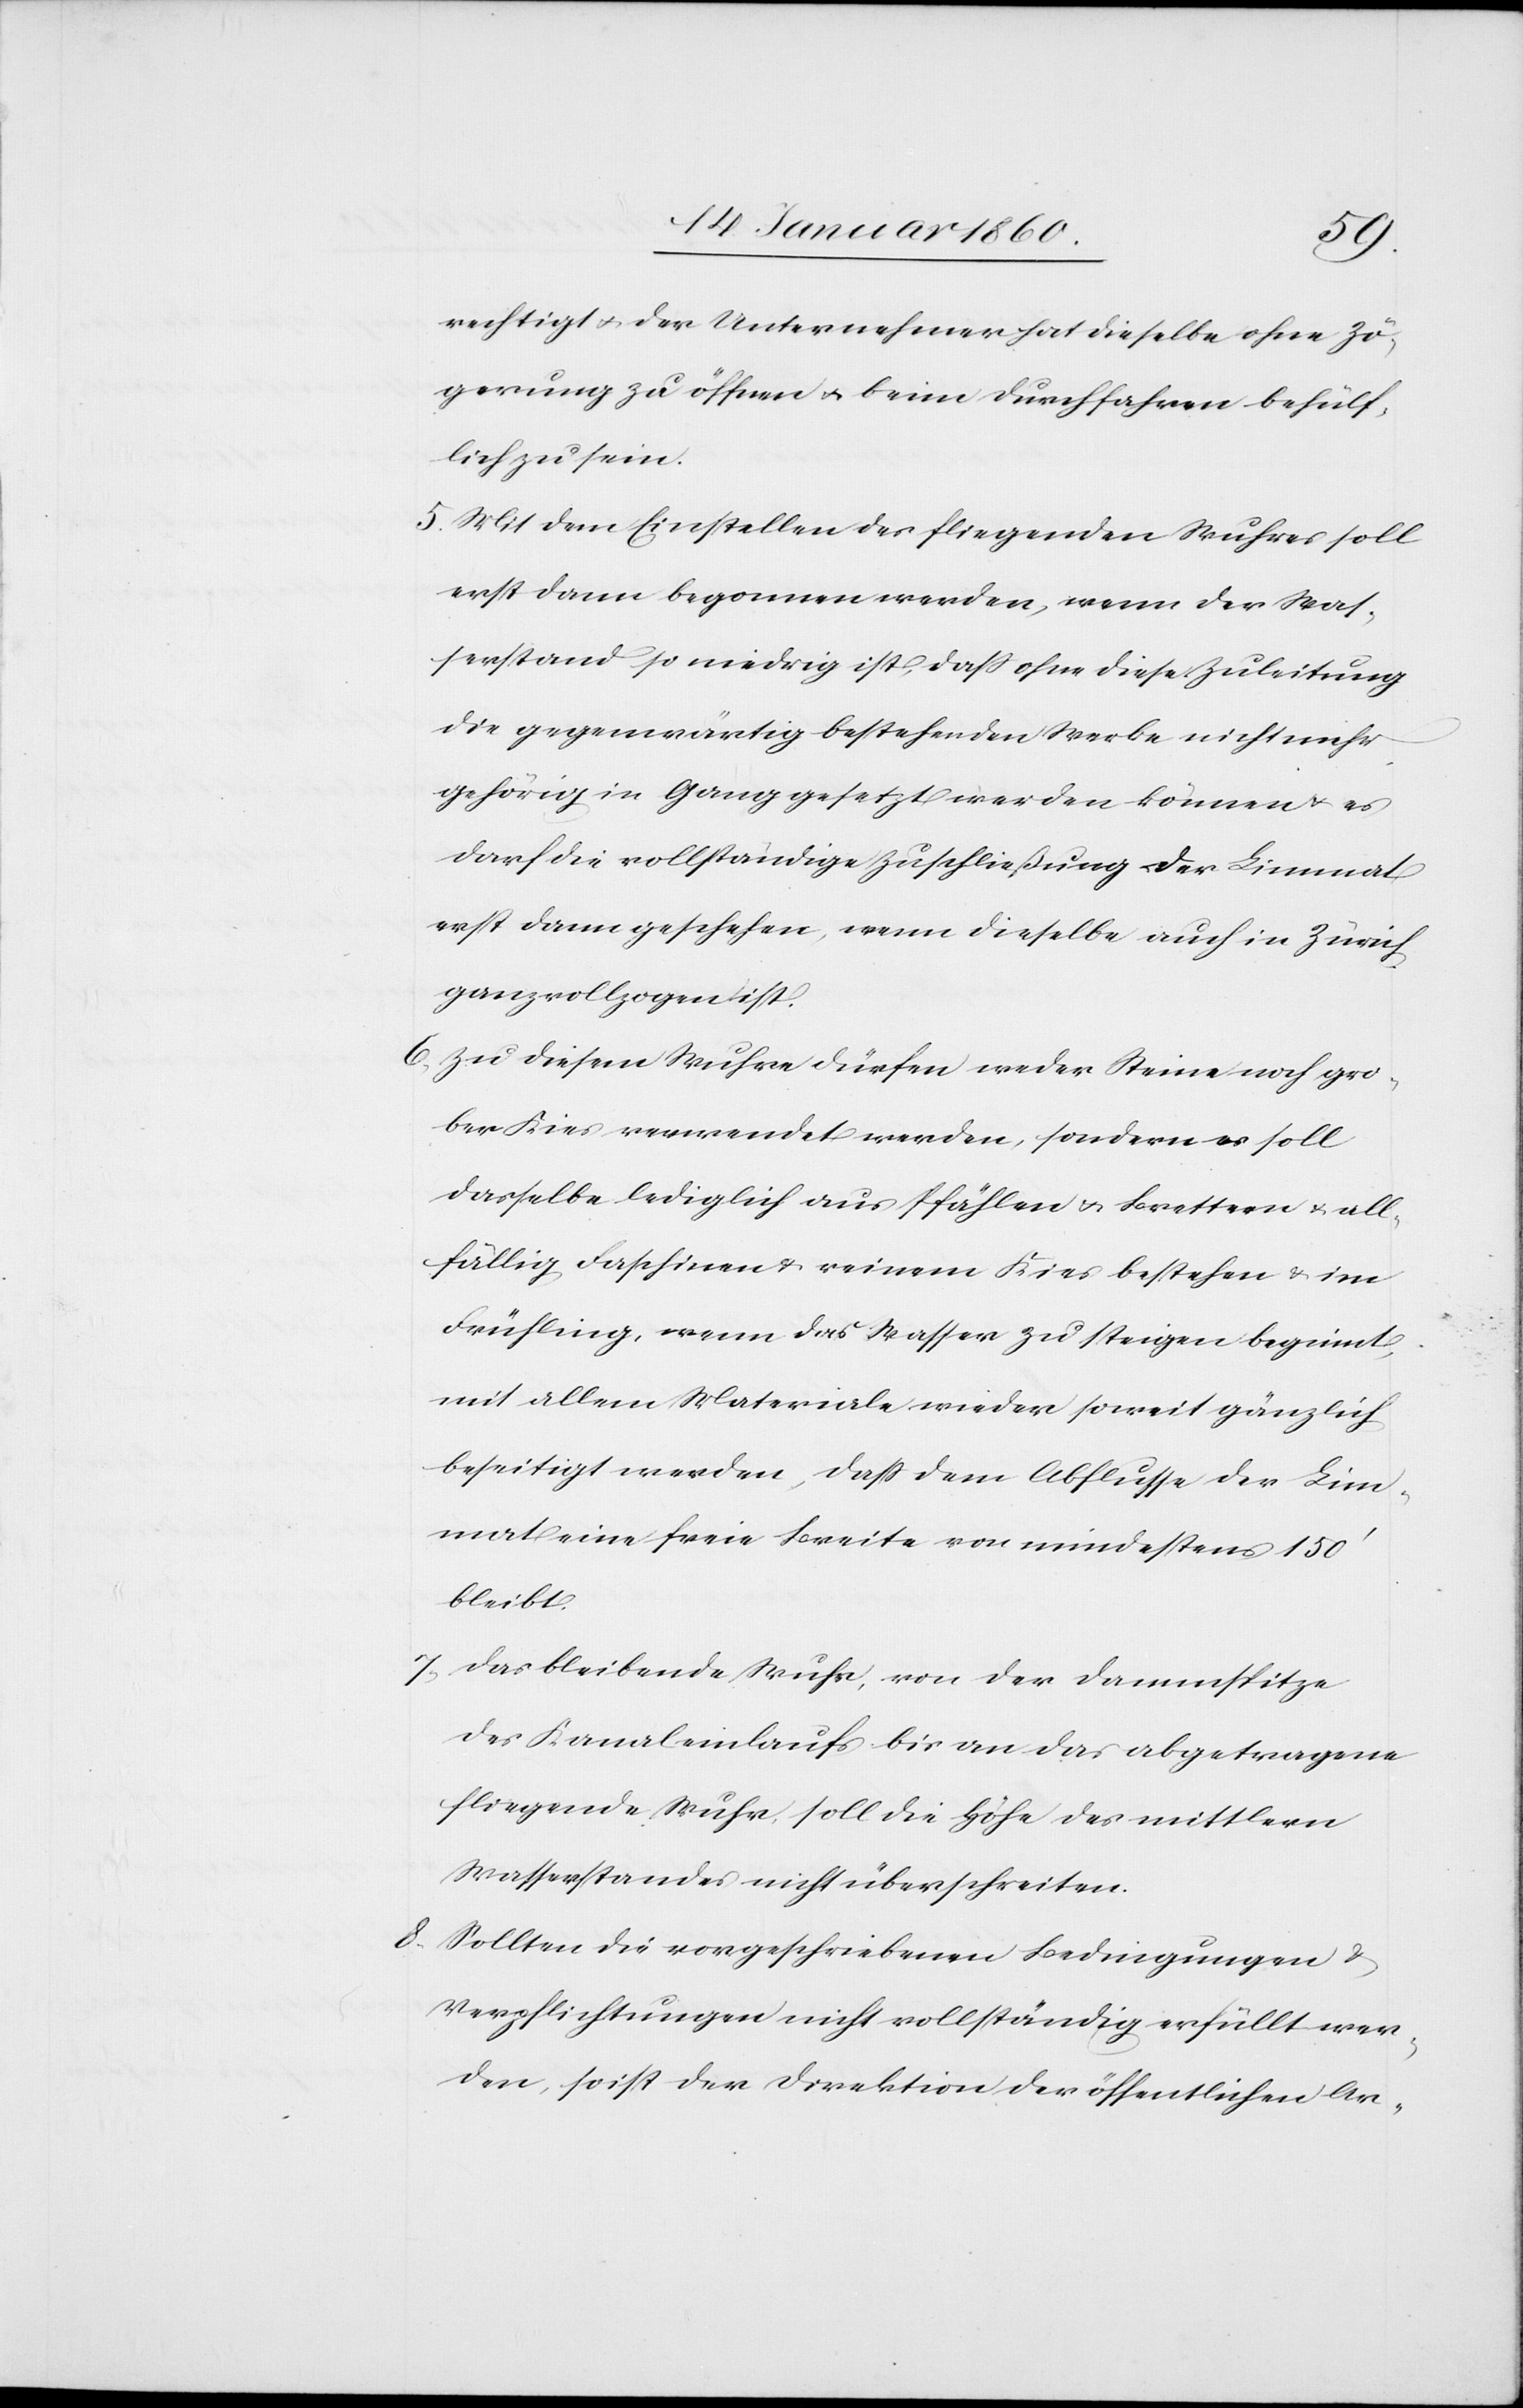
rechtigt u. der Unternehmer hat dieselbe ohne Zö¬
gerung zu öffnen u. beim Durchfahren behülf¬
lich zu sein.
5. Mit dem Einstellen des fliegenden Wuhres soll
erst dann begonnen werden, wenn der Was¬
serstand so niedrig ist, daß ohne diese Zuleitung
die gegenwärtig bestehenden Werke nicht mehr
gehörig in Gang gesetzt werden können u. es
darf die vollständige Zuschließung der Limmat
erst dann geschehen, wenn dieselbe auch in Zürich
ganz vollzogen ist.
6. Zu diesem Wuhre dürfen weder Steine noch gro¬
ber Kies verwendet werden, sondern es soll
dasselbe lediglich aus Pfählen u. Brettern u. all¬
fällig Faschinen u. reinem Kies bestehen u. im
Frühling, wenn das Wasser zu steigen beginnt,
mit allem Materiale wieder soweit gänzlich
beseitigt werden, daß dem Abflusse der Lim¬
mat eine freie Breite von mindestens 150’
bleibt.
7. das bleibende Wuhr, von der Dammspitze
des Kanaleinlaufs bis an das abgetragene
fliegende Wuhr, soll die Höhe des mittlern
Wasserstandes nicht überschreiten.
8. Sollten die vorgeschriebenen Bedingungen u.
Verpflichtungen nicht vollständig erfüllt wer¬
den, so ist der Direktion der öffentlichen Ar-